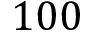
1 0 0